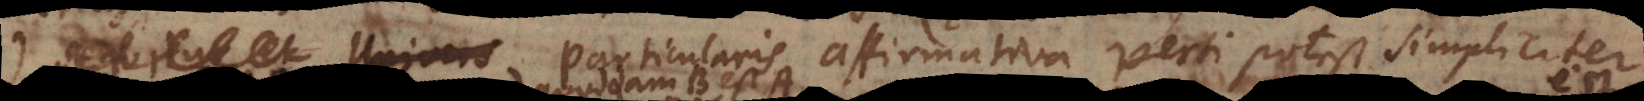
. § 52) Particularis affirmativa verti potest simpliciter